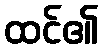
ထင်၏